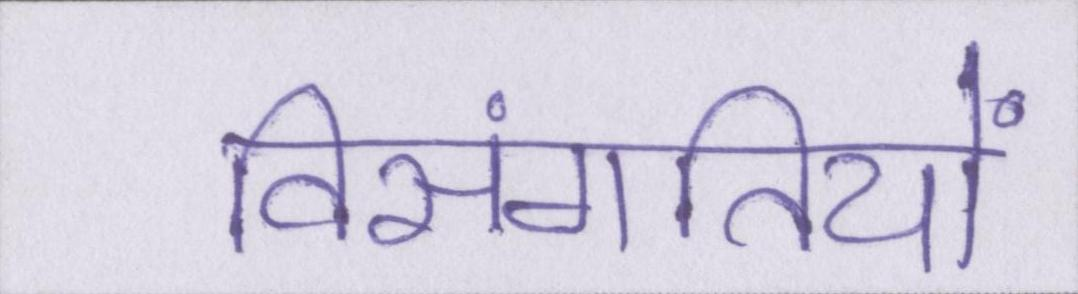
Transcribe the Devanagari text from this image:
विसंगतियों